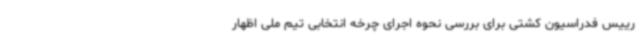
رییس فدراسیون کشتی برای بررسی نحوه اجرای چرخه انتخابی تیم ملی اظهار